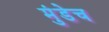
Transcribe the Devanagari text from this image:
मुंडेच